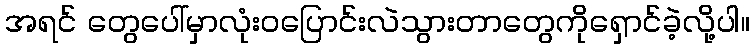
အရင် တွေပေါ်မှာလုံးဝပြောင်းလဲသွားတာတွေကိုရှောင်ခဲ့လို့ပါ။